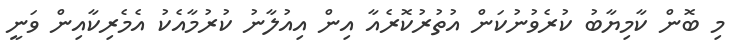
މި ބޮން ކާމިޔާބު ކުރެވުނުކަން އުތުރުކޮރެއާ އިން އިއުލާނު ކުރުމާއެކު އެމެރިކާއިން ވަނީ